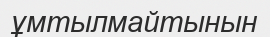
ұмтылмайтынын